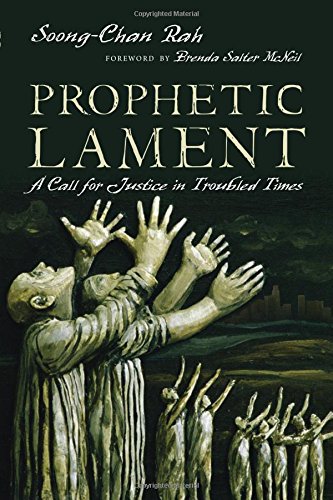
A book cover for Prophetic Lament: A Call for Justice in Troubled Times; Soong-Chan Rah; Christian Books & Bibles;